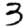
Digit: 3